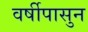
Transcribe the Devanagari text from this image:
वर्षीपासुन